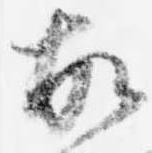
故